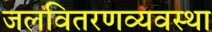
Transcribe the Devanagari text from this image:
जलवितरणव्यवस्था